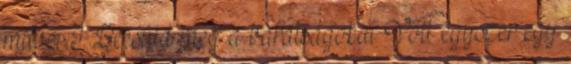
mûvei I. Becsüld meg a barátságokat Volt egyszer egy